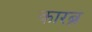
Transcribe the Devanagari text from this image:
कारब्न